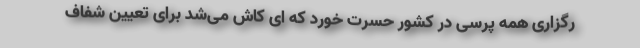
رگزاری همه پرسی در کشور حسرت خورد که‌ ای کاش می‌شد برای تعیین شفاف